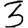
Digit: 3